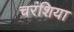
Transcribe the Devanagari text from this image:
चरंशिया